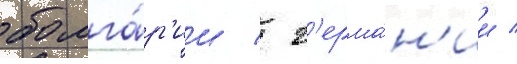
болга́р'ии / г'ерма́н'ии /